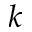
k